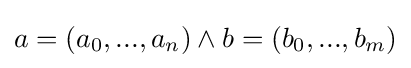
a=(a_{0},...,a_{n})\land b=(b_{0},...,b_{m})